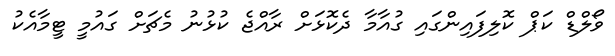
ވޯލްޑް ކަޕް ކޮލިފައިންގައި ގުއާމާ ދެކޮޅަށް ރާއްޖެ ކުޅުނު މެޗަށް ގައުމީ ޓީމާއެކު